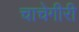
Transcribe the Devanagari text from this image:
चाचेगीरी